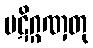
ပဋိဂ္ဂဏှတု